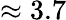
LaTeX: \approx 3.7